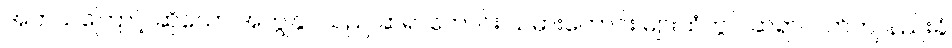
အဘယ်ကြောင့် ဆိုသော် အကျွန်ုပ်သည် ဆရာကောင်း သမားကောင်း များထံတွင် ဆရာလက်ကျ နည်းခံ